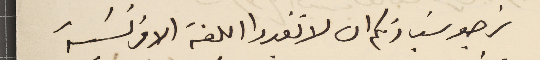
نرجو سَيادتكم ان لا تغيروا اللغة الافرنسَية